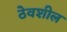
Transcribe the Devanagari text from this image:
ठेवशील